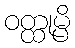
ဝတ္ထုမ္ပိ